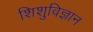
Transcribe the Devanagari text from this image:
शिशुविज्ञान